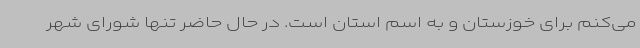
می‌کنم برای خوزستان و به اسم استان است. در حال حاضر تنها شورای شهر